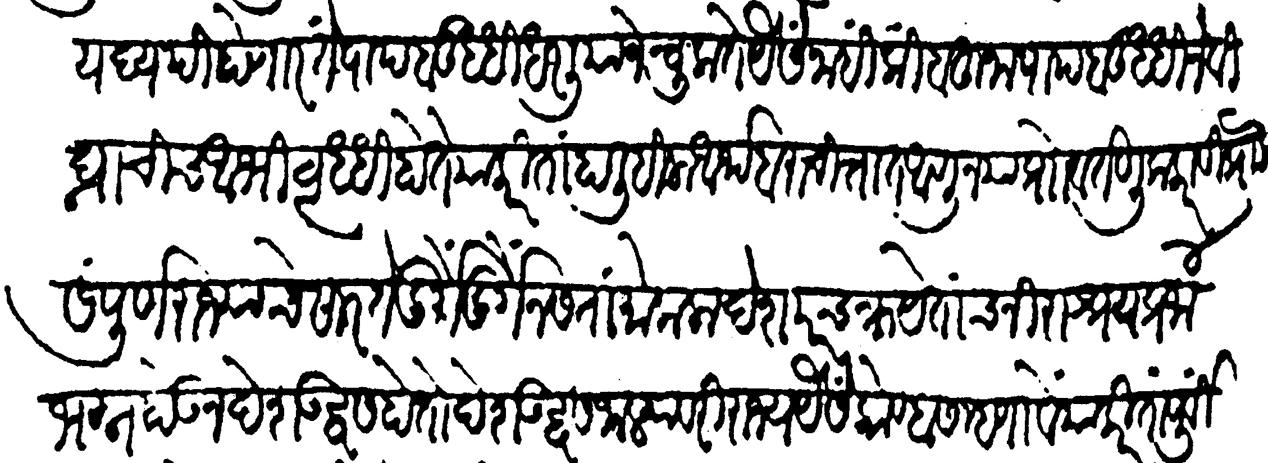
Transliteration (Devanagari): यद्यपि होणार तें पापबुद्धि धरलियाने चुकतें यैसे नाहीं किंबहुना पापबुद्धी विघ्नाचीच अभिवृद्धि होते याकरिता हा लिहिला अर्थ बरा चित्तात आणून बरी वर्तणूक करावी दुर्ग संपूर्ण राज्याचे सार ते दुर्ग नसतां मोकळा देश परचक्र येताच निराश्रय प्रजा मग्न होऊन देश उद्वस होतो देश उद्वस जाल्यावरी राज्य यैसें कोण्हास म्हणावे याकरितां पूर्वी